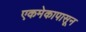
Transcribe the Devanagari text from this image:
एकमेकापासून